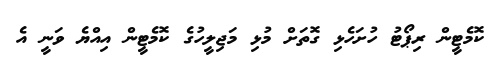
ކޮމެޓީން ރިޕޯޓު ހުށަހެޅި ގޮތަށް މުޅި މަޖިލީހުގެ ކޮމެޓީން އިއްޔެ ވަނީ އެ